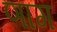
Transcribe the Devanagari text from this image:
णाग